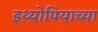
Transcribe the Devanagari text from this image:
इथ्योपियाच्या